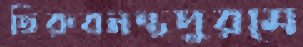
তিরুবনন্তপুরমে